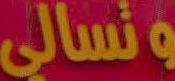
وتسالي